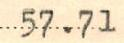
57.71